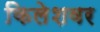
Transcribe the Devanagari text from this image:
किलेशवर